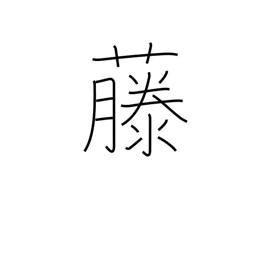
Meaning: wisteria